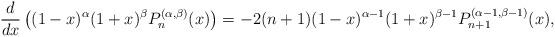
LaTeX: \begin{align*}\frac{d}{dx}\left((1-x)^{\alpha}(1+x)^{\beta}P^{(\alpha,\beta)}_{n}(x)\right)=-2(n+1)(1-x)^{\alpha-1}(1+x)^{\beta-1}P^{(\alpha-1,\beta-1)}_{n+1}(x),\end{align*}